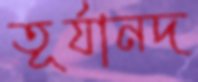
তূর্যানদ